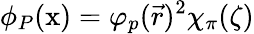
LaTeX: \phi_{P}(\mathrm{x})=\varphi_{p}(\vec{r}){^2\chi_{\pi}(\zeta)}